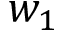
w _ { 1 }